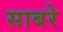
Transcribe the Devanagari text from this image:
साबरे